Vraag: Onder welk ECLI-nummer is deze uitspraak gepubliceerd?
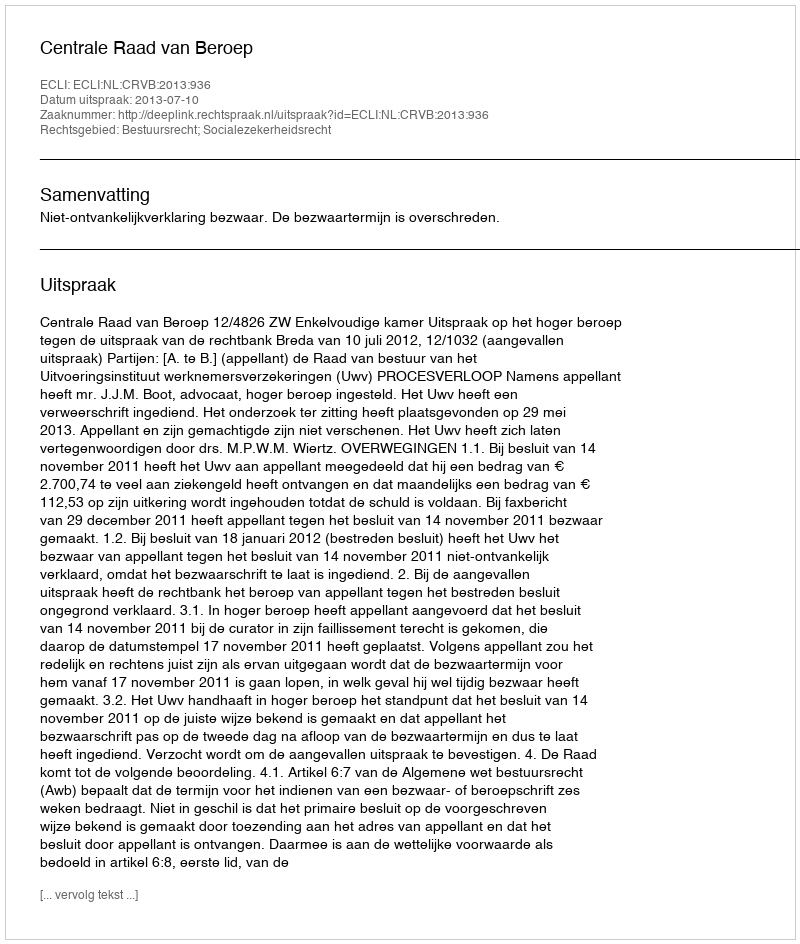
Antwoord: ECLI:NL:CRVB:2013:936